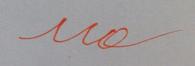
Signature authenticity: forged